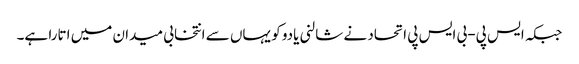
جبکہ ایس پی-بی ایس پی اتحاد نے شالنی یادو کو یہاں سے انتخابی میدان میں اتارا ہے۔